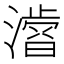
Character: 𭲾